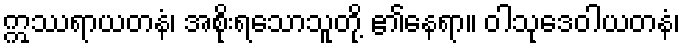
ဣဿရာယတနံ၊ အစိုးရသောသူတို့ ၏နေရာ။ ဝါသုဒေဝါယတနံ၊